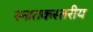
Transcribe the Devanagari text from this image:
स्नातकस्तरीय